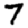
Digit: 7